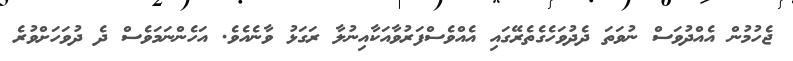
ޖެހުމުން އެއްދުވަސް ނުވަތަ ދެދުވަހެގެތެރޭގައި އެއްވެސްފަރުވާއަކާއިނުލާ ރަގަޅު ވާނެއެވެ. އަހެންނަމަވެސް ދެ ދުވަހަށްވުރެ